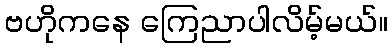
ဗဟိုကနေ ကြေညာပါလိမ့်မယ်။